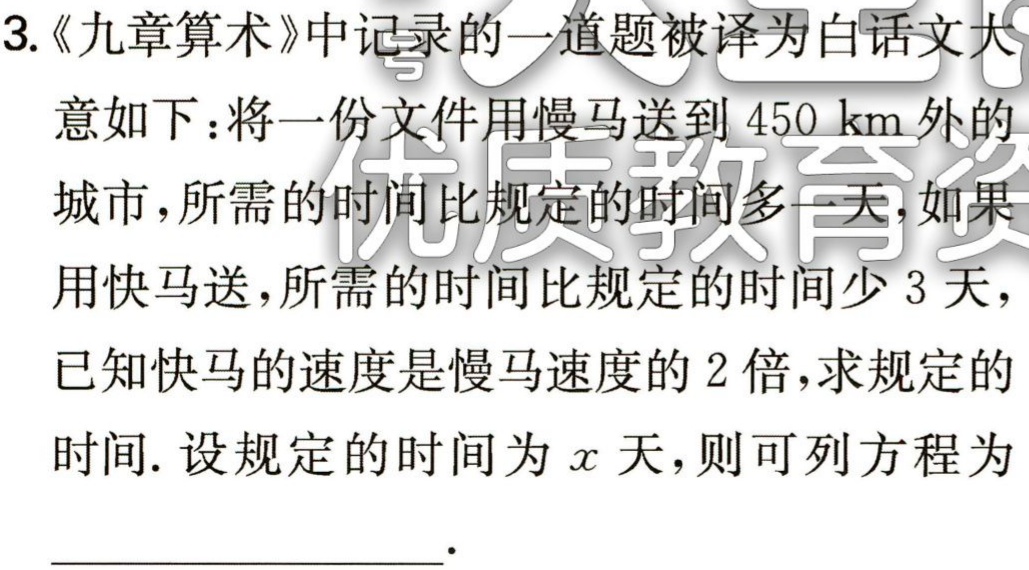
设规定的时间为\(x\)天，则慢马所用时间为\((x + 1)\)天，快马所用时间为\((x - 3)\)天。

根据路程 = 速度×时间，可得速度 = 路程÷时间。

慢马速度为\(\dfrac{450}{x + 1}\)，快马速度为\(\dfrac{450}{x - 3}\)。

已知快马的速度是慢马速度的\(2\)倍，则可列方程为：\(2\times\dfrac{450}{x + 1}=\dfrac{450}{x - 3}\) 。